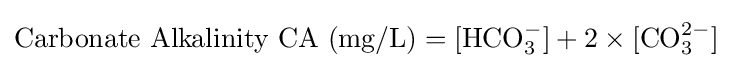
{\text{Carbonate Alkalinity CA (mg/L)}}=[{\text{HCO}}_{3}^{-}]+2\times [{\text{CO}}_{3}^{2-}]